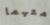
معهما